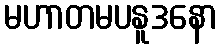
မဟာတမပနူဒနော